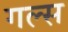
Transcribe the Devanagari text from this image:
गल्स